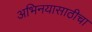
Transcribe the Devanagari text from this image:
अभिनयासाठीचा